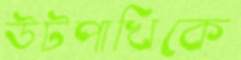
উটপাখিকে